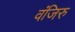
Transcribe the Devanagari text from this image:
वंजिरु